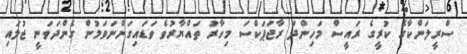
ސްރީލަންކާގެ ކުރީގެ ރައީސް މަހިންދަ ރާޖަޕަކްސަ މިހާރު ތައްޔާރުވެ ވަޑައިގަންނަވަމުން ގެންދަވަނީ ޖުލައި